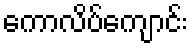
ကောလိပ်ကျောင်း